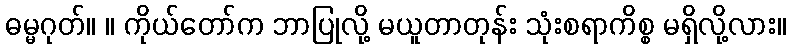
ဓမ္မဂုတ်။ ။ ကိုယ်တော်က ဘာပြုလို့ မယူတာတုန်း သုံးစရာကိစ္စ မရှိလို့လား။